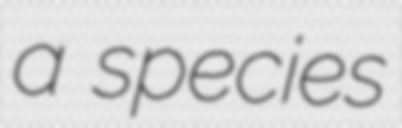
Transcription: a species